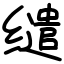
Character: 缱